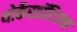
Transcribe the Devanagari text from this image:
थोर्केस्डॉटिरचा